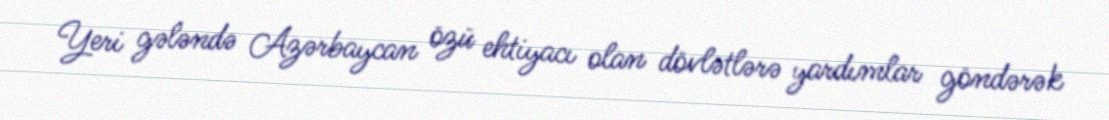
Yeri gələndə Azərbaycan özü ehtiyacı olan dövlətlərə yardımlar göndərək